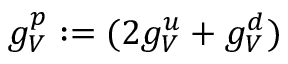
g _ { V } ^ { p } : = ( 2 g _ { V } ^ { u } + g _ { V } ^ { d } )